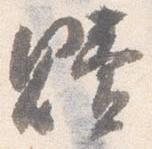
贖